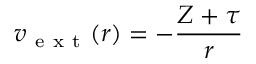
v _ { \mathrm { ~ e ~ x ~ t ~ } } ( r ) = - \frac { Z + \tau } { r }